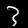
Label: 3